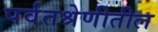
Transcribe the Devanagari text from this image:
पर्वतश्रेणीतील